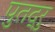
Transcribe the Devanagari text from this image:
पुतद्रु